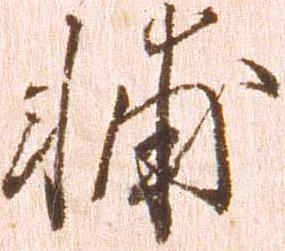
輔